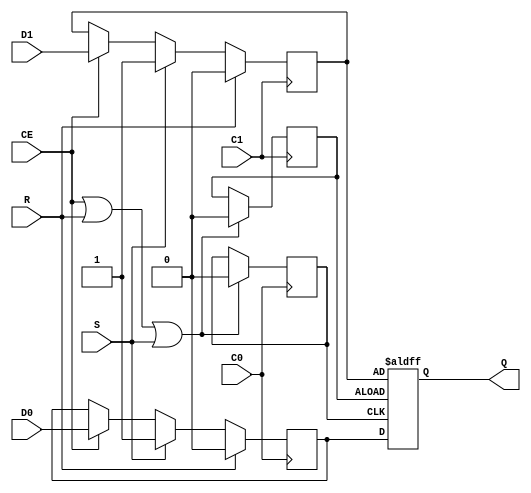
// $Header: /devl/xcs/repo/env/Databases/CAEInterfaces/verunilibs/data/unisims/FDDRRSE.v,v 1.15.48.1 2007/03/09 18:13:02 patrickp Exp $
///////////////////////////////////////////////////////////////////////////////
// Copyright (c) 1995/2004 Xilinx, Inc.
// All Right Reserved.
///////////////////////////////////////////////////////////////////////////////
//   ____  ____
//  /   /\/   /
// /___/  \  /    Vendor : Xilinx
// \   \   \/     Version : 8.1i (I.27)
//  \   \         Description : Xilinx Functional Simulation Library Component
//  /   /                  Dual Data Rate D Flip-Flop with Synchronous Reset and Set and Clock Enable
// /___/   /\     Filename : FDDRRSE.v
// \   \  /  \    Timestamp : Thu Mar 25 16:42:16 PST 2004
//  \___\/\___\
//
// Revision:
//    03/23/04 - Initial version.
//    02/04/05 - Rev 0.0.1 Remove input/output bufs; Seperate GSR from clock block.
//    05/06/05 - Remove internal input data strobe and add to the output. (CR207678)
//    10/20/05 - Add set & reset check to main  block. (CR219794)
//    10/28/05 - combine strobe block and data block. (CR220298).
//    2/07/06 - Remove set & reset from main block and add specify block (CR225119)
//    2/10/06 - Change Q from reg to wire (CR 225613)
// End Revision

`timescale  1 ps / 1 ps


module FDDRRSE (Q, C0, C1, CE, D0, D1, R, S);

    parameter INIT = 1'h0;

    output Q;

    input  C0, C1, CE, D0, D1, R, S;

    wire Q;
    reg q_out;

    reg q0_out, q1_out;
    reg C0_tmp, C1_tmp;

    initial begin
       q_out = INIT;
       q0_out = INIT;
       q1_out = INIT;
       C0_tmp = 0;
       C1_tmp = 0;
    end

    assign Q = q_out;

    always @(posedge C0) 
      if (CE == 1 || R == 1 || S == 1) begin
      C0_tmp <=  1;
      C0_tmp <= #100 0;
    end

    always @(posedge C1) 
     if (CE == 1 || R == 1 || S == 1) begin
      C1_tmp <=  1;
      C1_tmp <= #100 0;
    end

        always @(posedge C0) 
            if (R)
                q0_out <=  0;
            else if (S)
                q0_out <=  1;
            else if (CE)
                q0_out <= D0;

        always @(posedge C1)
            if (R)
                q1_out <=  0;
            else if (S)
                q1_out <=  1;
            else if (CE)
                q1_out <=  D1;

       always @(posedge C0_tmp or posedge C1_tmp )
            if (C1_tmp)
               q_out =  q1_out;
            else 
               q_out =  q0_out;

    specify
        if (R)
            (posedge C0 => (Q +: 1'b0)) = (100, 100);
        if (!R && S)
            (posedge C0 => (Q +: 1'b1)) = (100, 100);
        if (!R && !S && CE)
            (posedge C0 => (Q +: D0)) = (100, 100);
        if (R)
            (posedge C1 => (Q +: 1'b0)) = (100, 100);
        if (!R && S)
            (posedge C1 => (Q +: 1'b1)) = (100, 100);
        if (!R && !S && CE)
            (posedge C1 => (Q +: D1)) = (100, 100);
    endspecify

endmodule